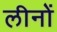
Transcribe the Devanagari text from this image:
लीनों